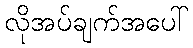
လိုအပ်ချက်အပေါ်